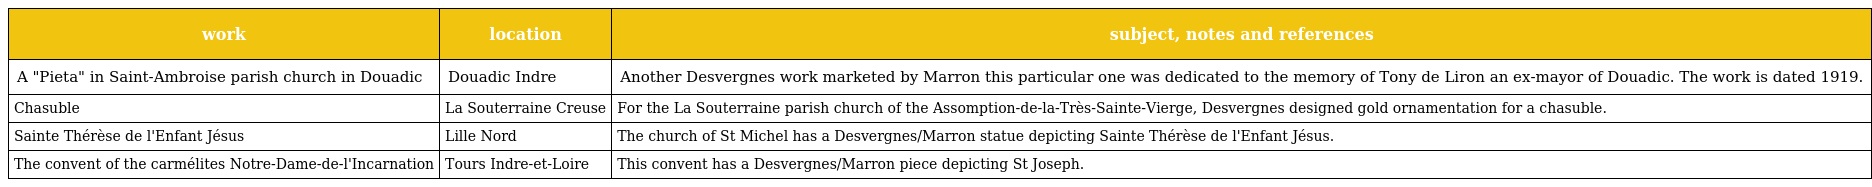
| work | location | subject, notes and references |
 | --- | --- | --- |
 | A "Pieta" in Saint-Ambroise parish church in Douadic | Douadic Indre | Another Desvergnes work marketed by Marron this particular one was dedicated to the memory of Tony de Liron an ex-mayor of Douadic. The work is dated 1919. |
 | Chasuble | La Souterraine Creuse | For the La Souterraine parish church of the Assomption-de-la-Très-Sainte-Vierge, Desvergnes designed gold ornamentation for a chasuble. |
 | Sainte Thérèse de l'Enfant Jésus | Lille Nord | The church of St Michel has a Desvergnes/Marron statue depicting Sainte Thérèse de l'Enfant Jésus. |
 | The convent of the carmélites Notre-Dame-de-l'Incarnation | Tours Indre-et-Loire | This convent has a Desvergnes/Marron piece depicting St Joseph. |